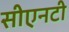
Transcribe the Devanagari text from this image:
सीएनटी